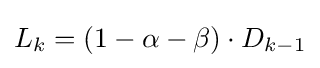
L_{k}=\left(1-\alpha -\beta \right)\cdot D_{k-1}